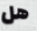
هل